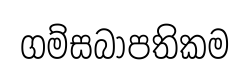
ගම්සබාපතිකම